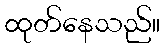
ထုတ်နေသည်။